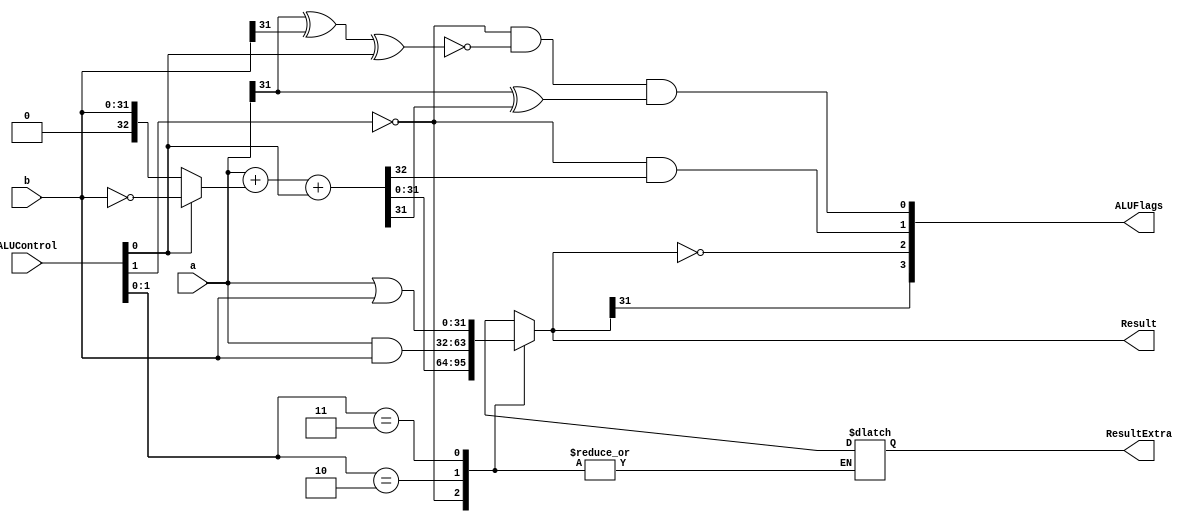
module alu (
             input [2:0] ALUControl,    
             input [31:0] a,b,
             output wire [3:0] ALUFlags,
             output reg [31:0] Result, //assign always block
             output reg [31:0] ResultExtra
             ); //explicit wire for assign with {}
  
  wire negative, zero, carry, overflow; // define wire for each flag (n,z,c,v)
  wire [32:0] sum;
  
  
  assign sum = a + (ALUControl[0]? ~b: b) + ALUControl[0]; //ADDER: two's complement
  
  /*
  ALUControl Logic
  00?: sum
  001: sub
  010: and
  011: or
  101: MUL
  110: UMULL
  111: SMULL
  */
  
  always @(*)
    casex (ALUControl[1:0]) //case, casex, casez
      3'b00?: Result = sum;    // ADD
      3'b001: Result = a - b;  // SUB
      3'b010: Result = a & b;  // AND
      3'b011: Result = a | b;  // OR
      3'b101: Result = a * b;  // MUL
      3'b110:                    // SMULL
              begin
                {ResultExtra, Result} = a * b;  
              end 
      3'b111:                    // UMULL 
              begin
                if(a[31] == 1 && b[31] == 1) begin
                  {ResultExtra, Result} = (-a * -b);
                end
                else if(a[31] == 1 || b[31] == 1) begin
                  {ResultExtra, Result} = -(a * b);
                end
                else begin
                  {ResultExtra, Result} = (a * b);
                end
              end       
    endcase
  
 //flags: result -> negative, zero
  assign negative = Result[31];
  assign zero = (Result == 32'b0);
  //flags: additional logic -> v, c
  assign carry = (ALUControl[1]==1'b0) & sum[32];
  assign overflow = (ALUControl[1]==1'b0) & ~(a[31] ^ b[31] ^ ALUControl[0]) & (a[31] ^ sum[31]);

  assign ALUFlags = {negative, zero, carry, overflow};

endmodule